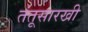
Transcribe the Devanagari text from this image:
तंतूसारखी